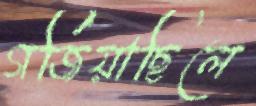
গর্জিয়াছিলে